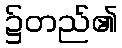
၌တည်၏